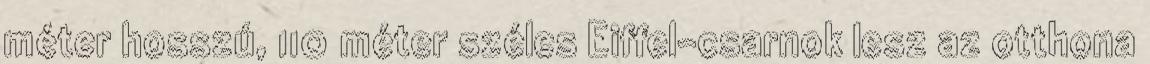
méter hosszú, 110 méter széles Eiffel-csarnok lesz az otthona